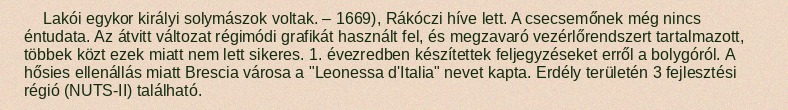
Lakói egykor királyi solymászok voltak. – 1669), Rákóczi híve lett. A csecsemőnek még nincs éntudata. Az átvitt változat régimódi grafikát használt fel, és megzavaró vezérlőrendszert tartalmazott, többek közt ezek miatt nem lett sikeres. 1. évezredben készítettek feljegyzéseket erről a bolygóról. A hősies ellenállás miatt Brescia városa a "Leonessa d'Italia" nevet kapta. Erdély területén 3 fejlesztési régió (NUTS-II) található.